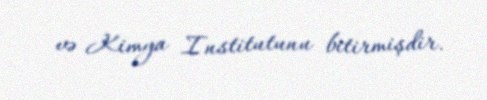
və Kimya Institutunu bitirmişdir.